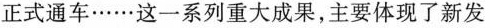
正式通车……这一系列重大成果，主要体现了新发